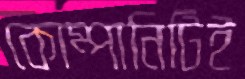
কোম্পানিটিই